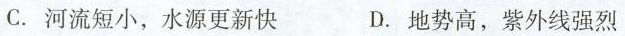
C.河流短小，水源更新快 D.地势高，紫外线强烈